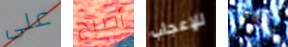
على أصبح للإعجاب ملقط